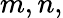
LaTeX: m,n,